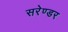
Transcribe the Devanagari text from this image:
सरेण्डर